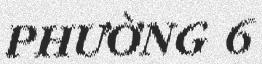
PHƯỜNG 6